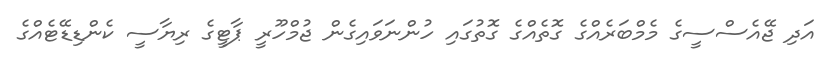
އަދި ޖޭއެސްސީގެ މެމްބަރެއްގެ ގޮތެއްގެ ގޮތުގައި ހުންނަވައިގެން ޖުމްހޫރީ ޕާޓީގެ ރިޔާސީ ކެންޑިޑޭޓެއްގެ